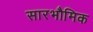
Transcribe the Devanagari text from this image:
सारभौमिक